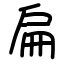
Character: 扁